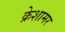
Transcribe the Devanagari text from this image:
क्रेशामर